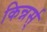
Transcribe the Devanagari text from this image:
किन्नर्स्